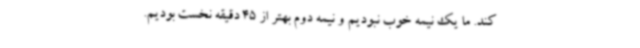
کند. ما یک نیمه خوب نبودیم و نیمه دوم بهتر از 45 دقیقه نخست بودیم.